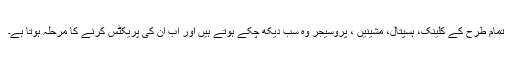
تمام طرح کے کلینک، ہسپتال، مشینیں ، پروسیجر وہ سب دیکھ چکے ہوتے ہیں اور اب ان کی پریکٹس کرنے کا مرحلہ ہوتا ہے۔